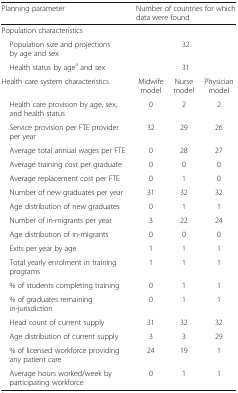
<table><thead><tr><td><b>Planning parameter</b></td><td colspan="3"><b>Number of countries for which data were found</b></td></tr></thead><tbody><tr><td colspan="4">Population characteristics</td></tr><tr><td> Population size and projections by age and sex</td><td colspan="3">32</td></tr><tr><td> Health status by age<sup>a</sup> and sex</td><td colspan="3">31</td></tr><tr><td>Health care system characteristics</td><td>Midwife model</td><td>Nurse model</td><td>Physician model</td></tr><tr><td> Health care provision by age, sex, and health status</td><td>0</td><td>2</td><td>2</td></tr><tr><td> Service provision per FTE provider per year</td><td>32</td><td>29</td><td>26</td></tr><tr><td> Average total annual wages per FTE</td><td>0</td><td>28</td><td>27</td></tr><tr><td> Average training cost per graduate</td><td>0</td><td>0</td><td>0</td></tr><tr><td> Average replacement cost per FTE</td><td>0</td><td>1</td><td>0</td></tr><tr><td> Number of new graduates per year</td><td>31</td><td>32</td><td>32</td></tr><tr><td> Age distribution of new graduates</td><td>0</td><td>1</td><td>1</td></tr><tr><td> Number of in-migrants per year</td><td>3</td><td>22</td><td>24</td></tr><tr><td> Age distribution of in-migrants</td><td>0</td><td>0</td><td>0</td></tr><tr><td> Exits per year by age</td><td>1</td><td>1</td><td>1</td></tr><tr><td> Total yearly enrolment in training programs</td><td>1</td><td>1</td><td>1</td></tr><tr><td> % of students completing training</td><td>0</td><td>1</td><td>1</td></tr><tr><td> % of graduates remaining in-jurisdiction</td><td>0</td><td>1</td><td>1</td></tr><tr><td> Head count of current supply</td><td>31</td><td>32</td><td>32</td></tr><tr><td> Age distribution of current supply</td><td>3</td><td>3</td><td>29</td></tr><tr><td> % of licensed workforce providing any patient care</td><td>24</td><td>19</td><td>1</td></tr><tr><td> Average hours worked/week by participating workforce</td><td>0</td><td>1</td><td>1</td></tr></tbody></table>